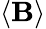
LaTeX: \left<\boldsymbol{\mathbf{B}}\right>